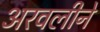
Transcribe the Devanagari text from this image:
अरवलीने